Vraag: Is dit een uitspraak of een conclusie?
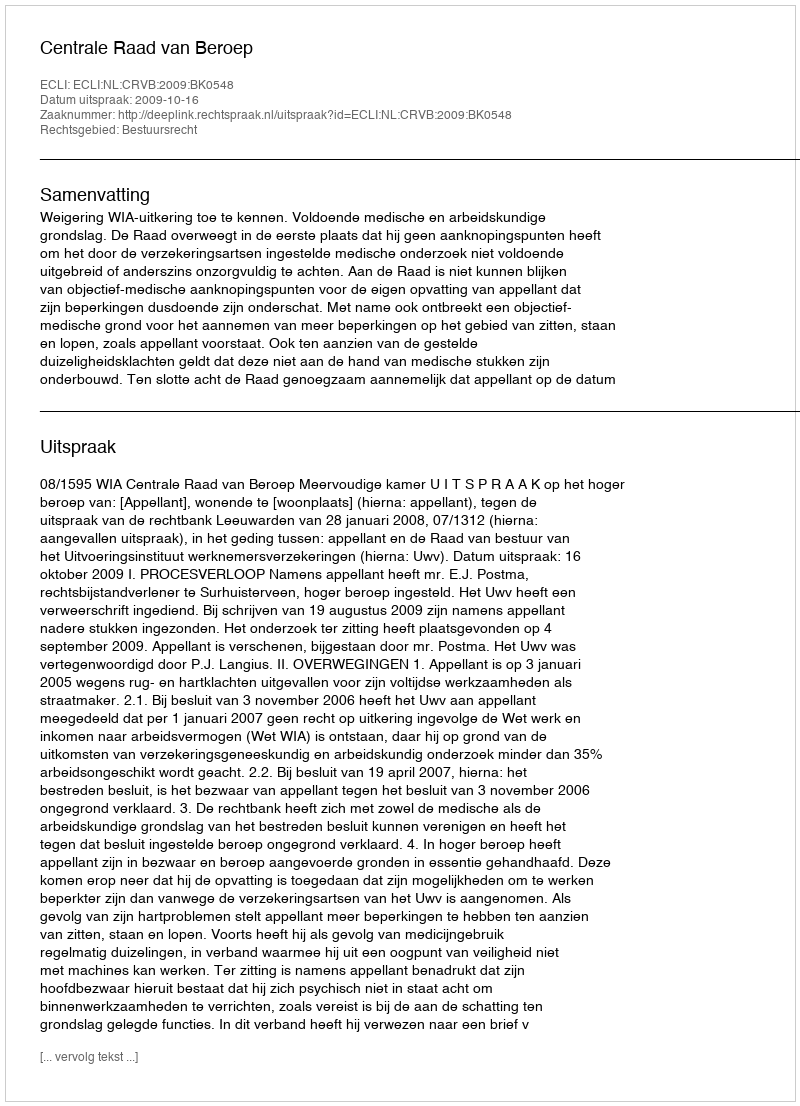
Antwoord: Uitspraak